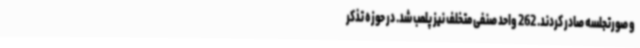
و صورتجلسه صادر کردند. 262 واحد صنفی متخلف نیز پلمب شد. در حوزه تذکر